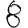
Digit: 8